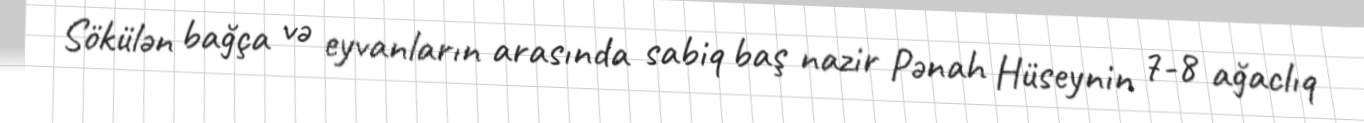
Sökülən bağça və eyvanların arasında sabiq baş nazir Pənah Hüseynin 7-8 ağaclıq